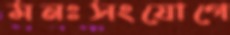
মনঃসংযোগে